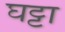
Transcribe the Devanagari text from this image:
घट्टा